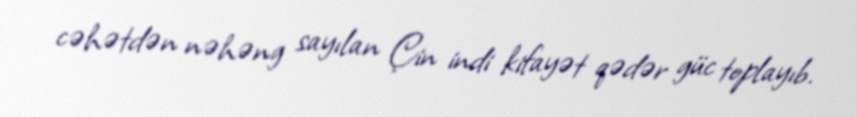
cəhətdən nəhəng sayılan Çin indi kifayət qədər güc toplayıb.